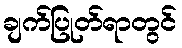
ချက်ပြုတ်ရာတွင်